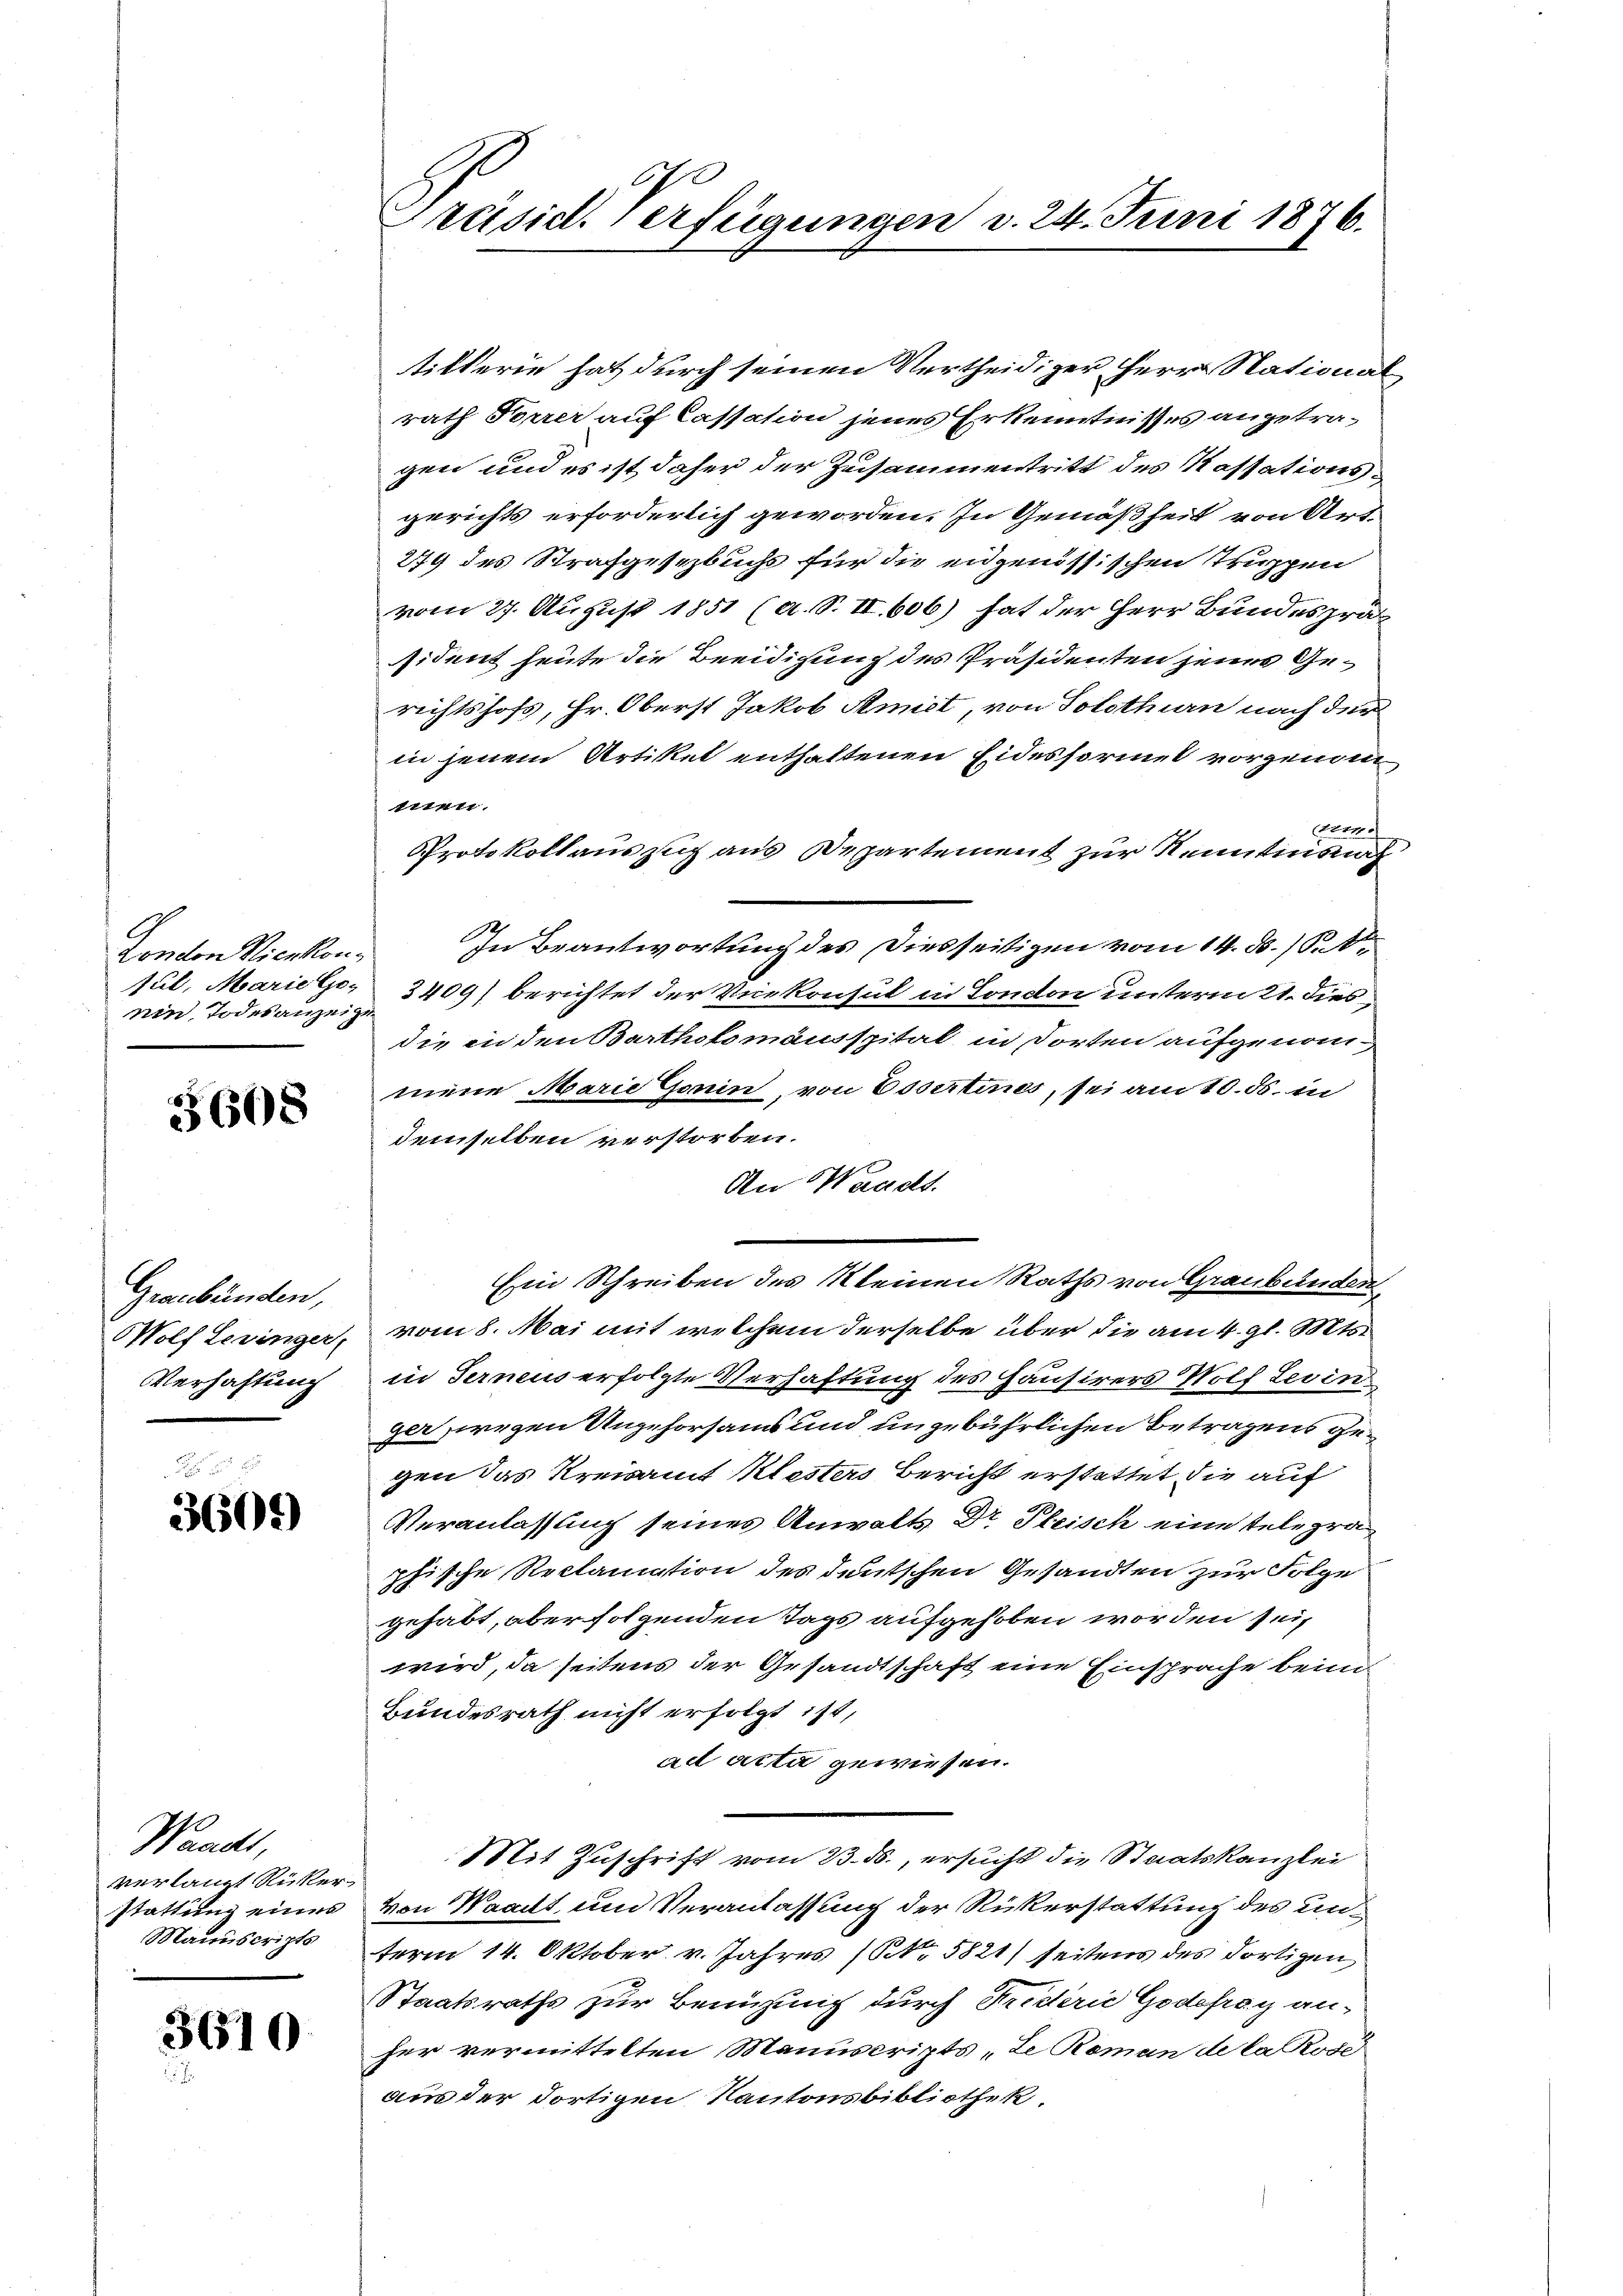
London Vienkon
sul, Marie Genin, Todesanzeig

60

Graubünden,
Wolf Lezinger,
Verhaftung

3609)

Waacht,
verlangt Rücker.
stattung eines
Manuscripts

3610

670
Präsid. Verfügungen d. 24. Juni 1876.

tilterie hat durch seinen Vertheidiger Herr Stational
rath Forrer auf Cassation jenes Erkenntnisses angetragen und es ist daher der Zusammentritt des Kassationsgerichts erforderlich geworden. In Gemäßheit von Art.
279 des Strafgesezbuchs für die eidgenössischen Truppen
vom 27. August 1851 (a. S. II., 606) hat der Herr Bundespräsident heute die Beeidigung des Präsidenten jenes Gerichtshofs, Hr. Oberst Jakob Amist, von Solothurn nach der
in jenem Artiket enthaltenen Eidesformel vorgenomtten.
m
Protokollauszug aus Departement zur Kenntnisnah
In Beantwortung des Diesseitigen vom 14. ds. /Set.
3409) berichtet der Verkonsul in London unterm 21. dies
die in den Bartholomansspital in dorten aufgenommene Marie Gonin, von Essertines, sei am 10. ds. in
demselben verstorben.
An Waadt.
Ein Schreiben des Kleinen Raths von Graubünden
vom 8. Mai mit welchem derselbe über die am 4. gl. Mts.
in Terneus erfolgte Verhaftung des Hausirers Wolf Levin
ger wegen Ungehorsams und ungebührlichen Betragens gegen das Kreisamt Mesters Bericht erstattet die auf
Veranlassung seines Anwalts Dr Pleisch eine telegraphische Reclamation des deutschen Gesandten zur Folge
gehabt, aber folgenden Tags aufgehoben worden sei
wird, da seitens der Gesandtschaft eine Einsprache beim
Bundesrath nicht erfolgt ist,
ad acta gewiesen.
Mit Zuschrift vom 13. ds., ersucht die Staatskanzlei
von Waadt, und Veranlassung der Rükerstattung des unterm 14. Oktober v. Jahres (No. 5821) seitens des dortigen,
Staatsraths zur Benüzung durch Friderie Godefrag anher vermittelten Manuscripts „Le Roman de la Rose
aus der dortigen Kantonsbibliothek.